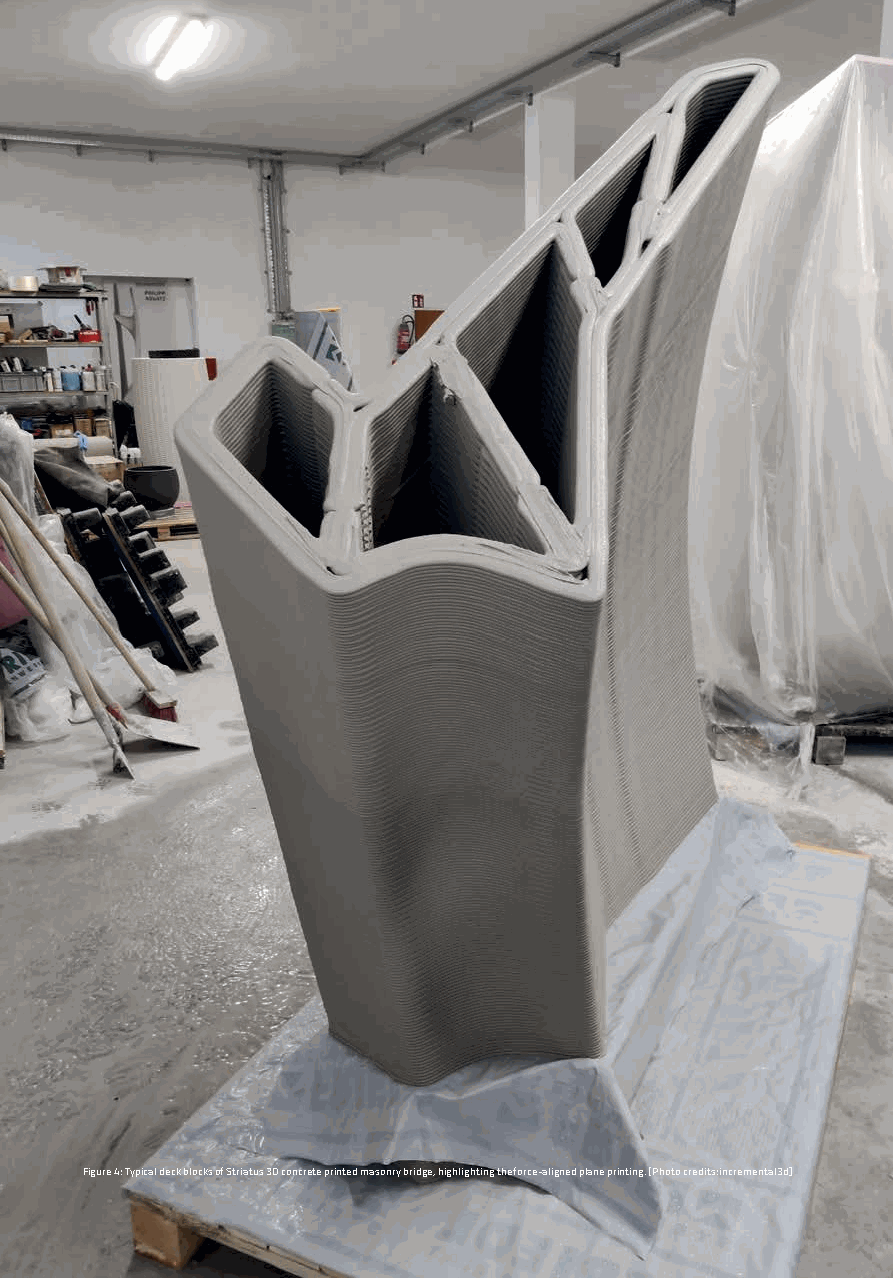
Figure 4: Typical deck blocks of Striatus 3D concrete printed masonry bridge, highlighting the force-aligned plane printing. [Photo credits: incremental3d]